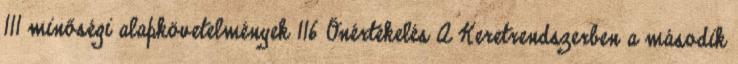
111 minőségi alapkövetelmények 116 Önértékelés A Keretrendszerben a második